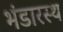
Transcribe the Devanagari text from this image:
भंडारस्थ